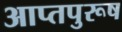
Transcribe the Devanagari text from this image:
आप्तपुरूष